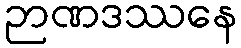
ဉာဏဒဿနေ